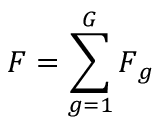
\boldsymbol { F } = \sum _ { g = 1 } ^ { G } \boldsymbol { F } _ { g }